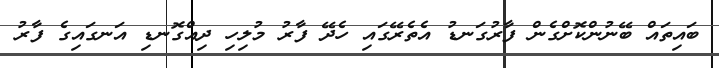
ބައިތައް ބޭނުންކޮށްގެން ފާރުގަނޑު އެތެރޭގައި ހެދޭ ފާރު މުލިހި ދިއްގޮނޑި އަނގައިގެ ފާރު